Civil Veterinary Dept. Bombay admin report 1914-1922 - 1914-1922
Year: 1914
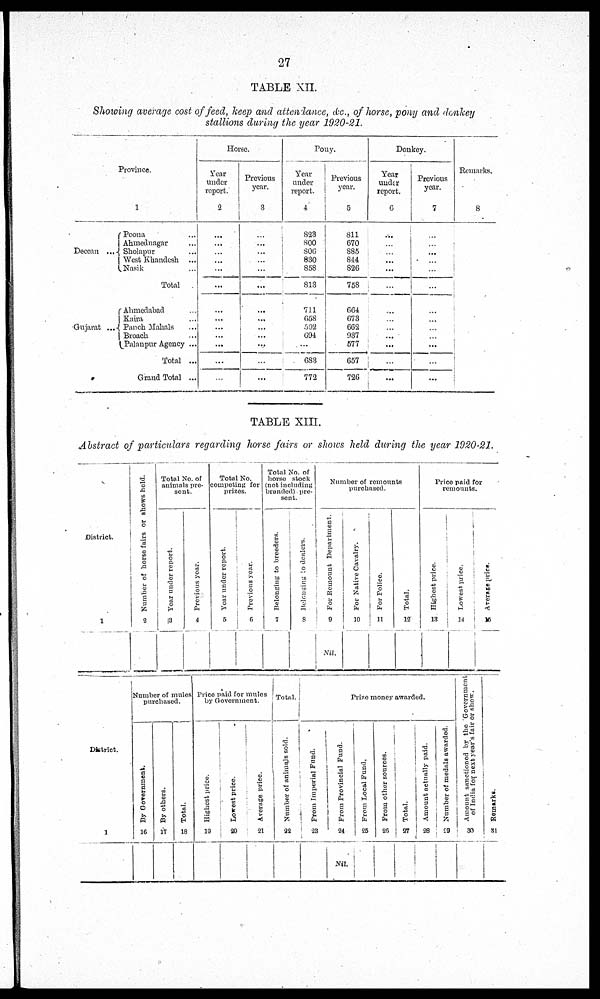
27
TABLE XII.
Showing average cost of feed, keep and attendance, &c., of horse, pony and donkey
stallions during the year 1920-21.
Province.
1
Decean
Poona ...
Ahmednagar ...
Sholapur ...
West Khandesh ...
Nasik ...
Total
Gujarat
Ahmedahad ...
Kaira ...
Panch
Mahals ...
J Broach
Palaupur Agency ...
Total ...
Grand Total ...
Horse.
Year
under
report.
2
...
...
...
...
...
...
...
...
...
...
...
...
...
Previous
year.
3
..
...
...
...
...
...
...
...
...
...
...
...
...
Pony.
Year
under
report.
4
823
800
806
830
858
818
711
658
502
694
...
683
772
Previous
year.
5
811
670
885
844
826
758
664
673
662
937
577
657
726
Donkey.
Year
under
report.
6
...
...
...
...
...
...
...
...
...
...
...
...
Previous
year.
7
...
...
...
...
...
...
...
...
...
...
...
...
...
Remarks.
8
TABLE XIII.
Abstract of particulars regarding horse fairs or shows held during the year 1920-21.
District.
1
Number of horso fairs or shows held.
2
Total No. of
animals pre-
sent.
Year
under report.
3
Previous year.
4
Total No.
competing for
prizes.
Year under report.
5
Previous year.
6
Total No. of
horse stock
(not including
branded) pre-
sent.
Belonging to breeders.
7
Belonging to dealers.
8
Number of remounts
purchased.
For Remount Department.
9
Nil.
For Native Cavalry.
10
For Police.
11
Total.
12
Price paid for
remounts.
Highest price.
13
Lowest price.
14
Average price.
15
District.
1
Number of mules
purchased.
By Government.
16
By others.
17
Total.
18
Price paid for mules
by Government.
Highest price.
19
Lowest price.
20
Average price.
21
Total.
Number of animals sold.
22
Prize money awarded.
From Imperial Fund.
23
From Provincial Fund.
24
Nil.
From Local Fund,
25
From other sources.
26
Total.
27
Amount actually paid.
28
Number of medals awarded.
29
Amount sanctioned
by the Government
of India for nest year's fair or show.
30
Remarks.
31